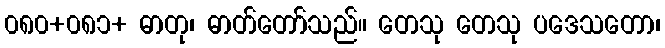
၀၈၀+၀၈၁+ ဓာတု၊ ဓာတ်တော်သည်။ တေသု တေသု ပဒေသတော၊